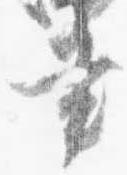
書